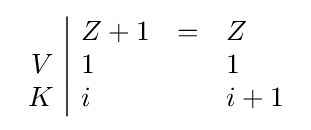
{\begin{array}{r|lll}&Z+1&=&Z\\V&1&&1\\K&i&&i+1\\\end{array}}